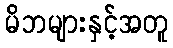
မိဘများနှင့်အတူ